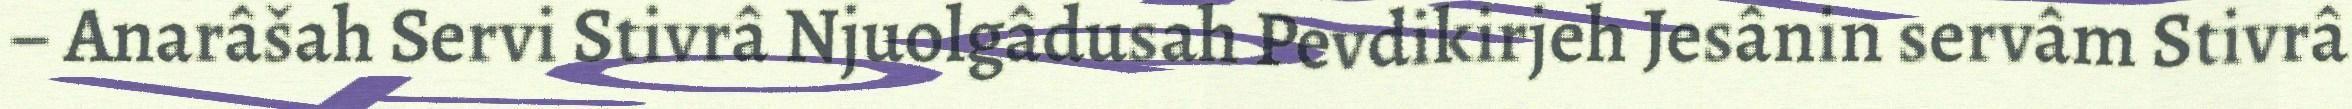
– Anarâšah Servi Stivrâ Njuolgâdusah Pevdikirjeh Jesânin servâm Stivrâ